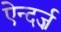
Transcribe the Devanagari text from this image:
ऐन्दर्ज़